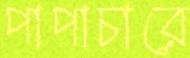
পাপাচারে